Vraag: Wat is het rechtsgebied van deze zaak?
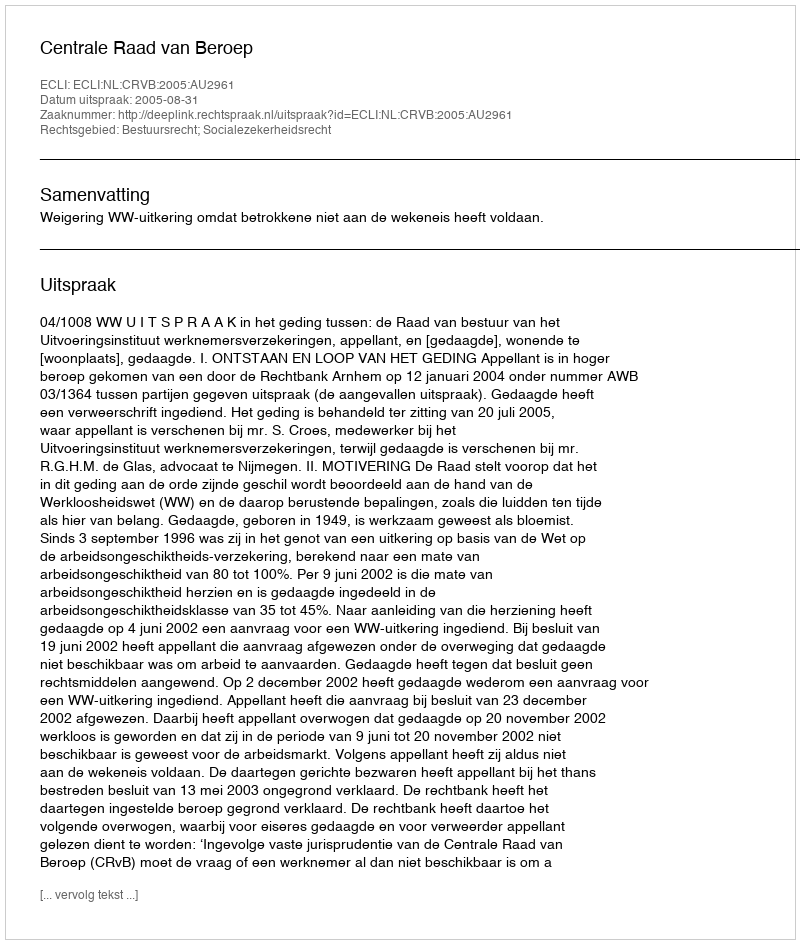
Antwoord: Bestuursrecht; Socialezekerheidsrecht